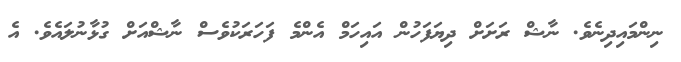
ނިންމައިދިނެވެ. ނާޝް ރަށަށް ދިޔަފަހުން އައިހަމް އެންމެ ފަހަރަކުވެސް ނާޝްއަށް ގުޅާނުލައެވެ. އެ